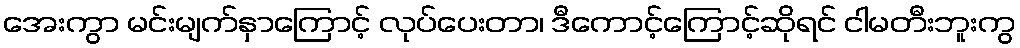
အေးကွာ မင်းမျက်နှာကြောင့် လုပ်ပေးတာ၊ ဒီကောင့်ကြောင့်ဆိုရင် ငါမတီးဘူးကွ